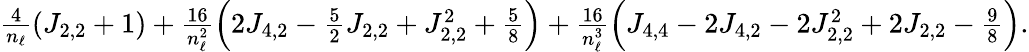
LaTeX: \begin{array}{r}{\frac{4}{n_{\ell}}(J_{2,2}+1)+\frac{16}{n_{\ell}^{2}}\left(2J_{4,2}-\frac{5}{2}J_{2,2}+J_{2,2}^{2}+\frac{5}{8}\right)+\frac{16}{n_{\ell}^{3}}\left(J_{4,4}-2J_{4,2}-2J_{2,2}^{2}+2J_{2,2}-\frac{9}{8}\right).}\end{array}